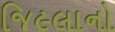
જિ૯લાનો